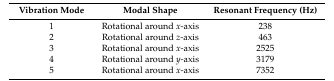
<table><thead><tr><td><b>Vibration Mode</b></td><td><b>Modal Shape</b></td><td><b>Resonant Frequency (Hz)</b></td></tr></thead><tbody><tr><td>1</td><td>Rotational around <i>x</i>-axis</td><td>238</td></tr><tr><td>2</td><td>Rotational around <i>z</i>-axis</td><td>463</td></tr><tr><td>3</td><td>Rotational around <i>x</i>-axis</td><td>2525</td></tr><tr><td>4</td><td>Rotational around <i>y</i>-axis</td><td>3179</td></tr><tr><td>5</td><td>Rotational around <i>x</i>-axis</td><td>7352</td></tr></tbody></table>